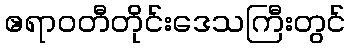
ဧရာဝတီတိုင်းဒေသကြီးတွင်